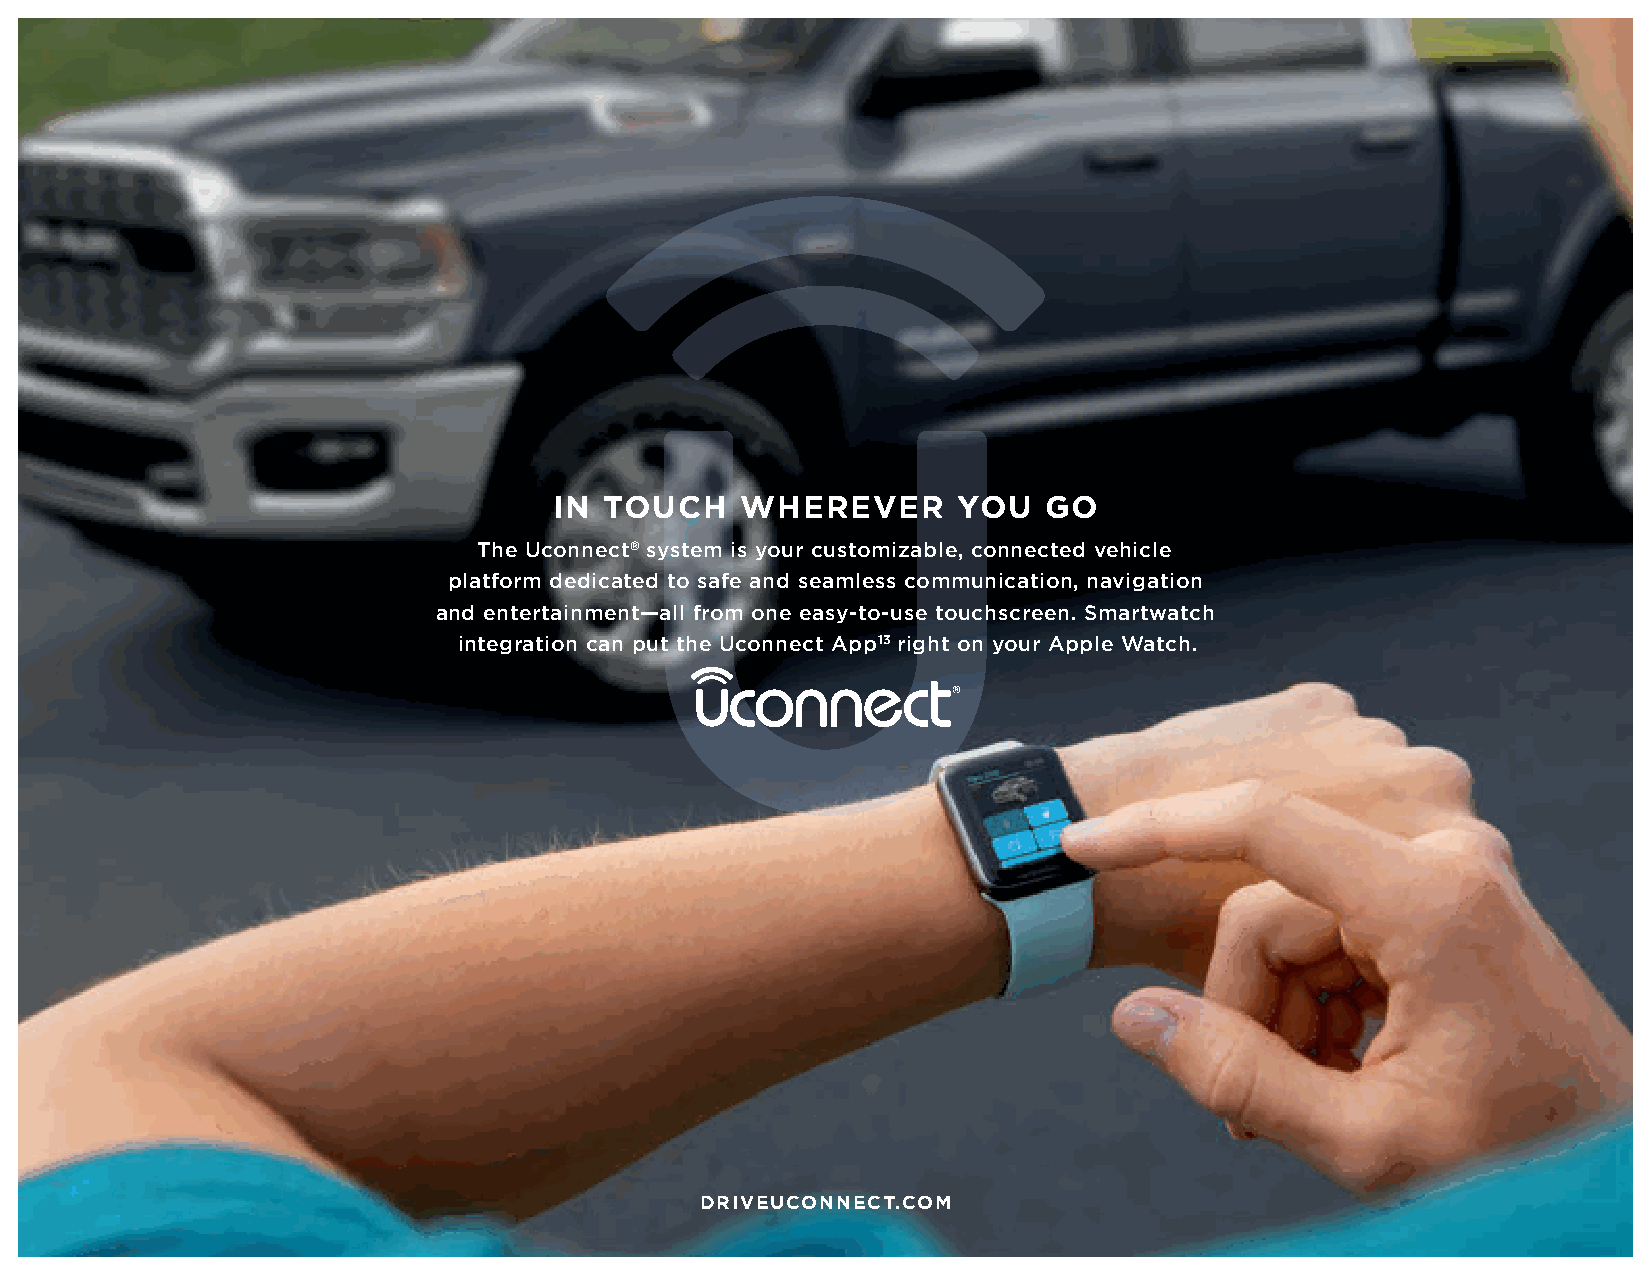
IN TOUCH    WHEREVER      YOU   GO
 The Uconnect® system is your customizable, connected vehicle
 platform dedicated to safe and seamless communication, navigation
 and entertainment—all from one easy-to-use touchscreen. Smartwatch
 integration can put the Uconnect App13 right on your Apple Watch.
 DRIVEUCONNECT.COM